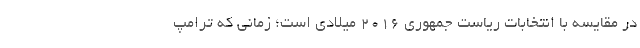
در مقایسه با انتخابات ریاست جمهوری ۲۰۱۶ میلادی است؛ زمانی که ترامپ